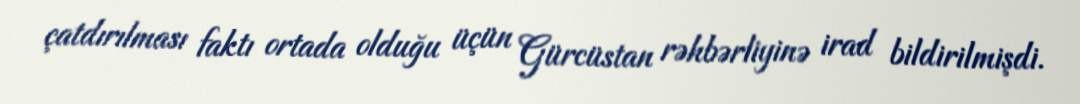
çatdırılması faktı ortada olduğu üçün Gürcüstan rəhbərliyinə irad bildirilmişdi.